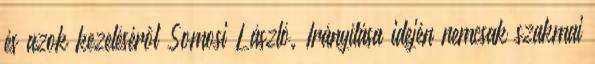
és azok kezelésérôl Somosi László. Irányítása idején nemcsak szakmai